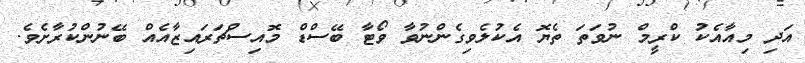
އަދި މިއާއެކު ކްރީމް ނުވަތަ ތެޔޮ އެކުލެވިގެންނުވާ ވޯޓާ ބޭސްޑް މޮއިސްޗަރައިޒާއެއް ބޭނުންކުރާށެވެ.